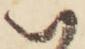
い